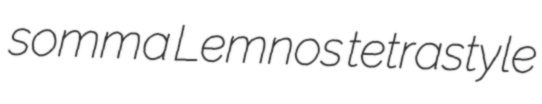
somma Lemnos tetrastyle